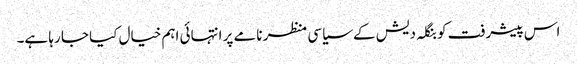
اس پیشرفت کو بنگلہ دیش کے سیاسی منظر نامے پر انتہائی اہم خیال کیا جا رہا ہے۔